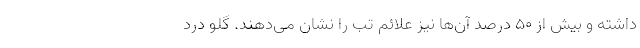
داشته و بیش از ۵۰ درصد آن‌ها نیز علائم تب را نشان می‌دهند. گلو درد